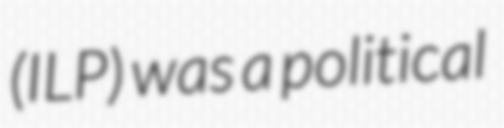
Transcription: (ILP) was a political